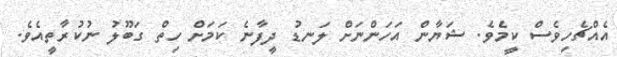
އެއްޗެހިވެސް ކީމެވެ. ޝަޔާން އަހަންނަށް ލަނޑު ދީފާނެ ކަމަށް ހިތް ގަބޫލު ނުކުރާތީއެވެ.